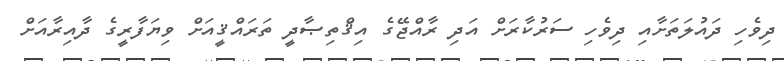
ދިވެހި ދައުލަތަށާއި ދިވެހި ސަރުކާރަށް އަދި ރާއްޖޭގެ އިޤްތިޞާދީ ތަރައްޤީއަށް ވިޔަފާރީގެ ދާއިރާއަށް